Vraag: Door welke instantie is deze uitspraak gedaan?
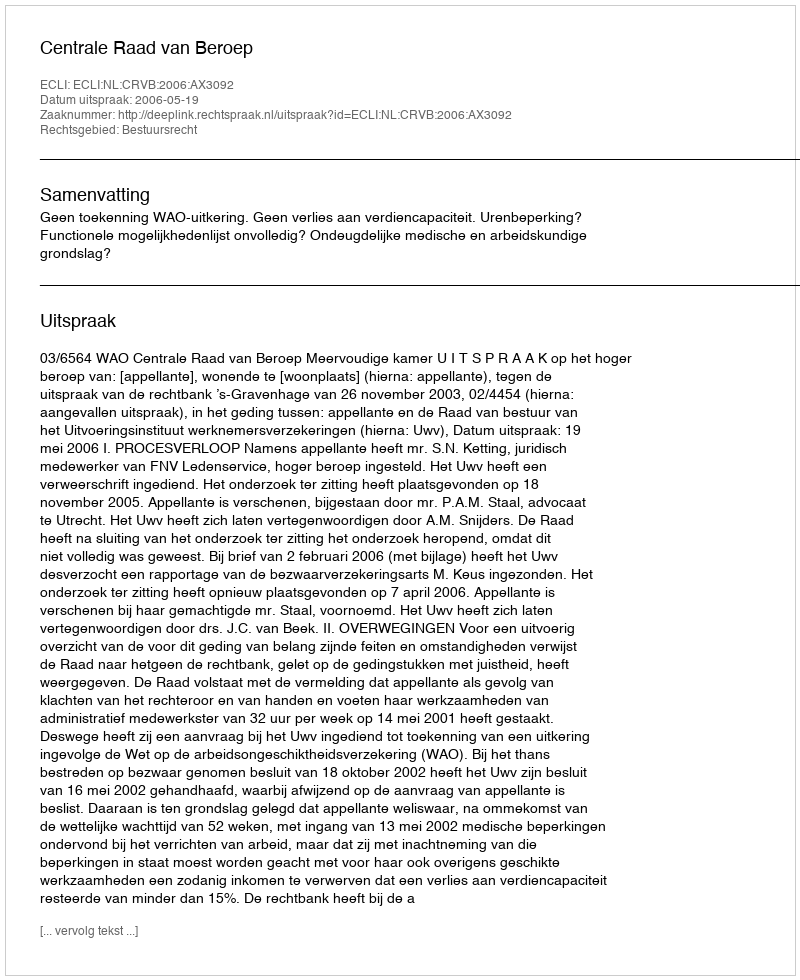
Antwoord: Centrale Raad van Beroep